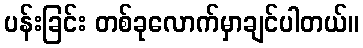
ပန်းခြင်း တစ်ခုလောက်မှာချင်ပါတယ်။